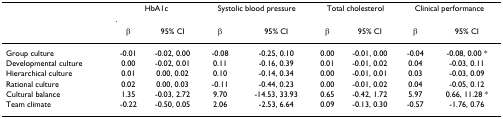
<table><thead><tr><td></td><td colspan="2"><b>HbA1c</b></td><td colspan="2"><b>Systolic blood pressure</b></td><td colspan="2"><b>Total cholesterol</b></td><td colspan="2"><b>Clinical performance</b></td></tr><tr><td></td><td><b>β</b></td><td><b>95% CI</b></td><td><b>β</b></td><td><b>95% CI</b></td><td><b>β</b></td><td><b>95% CI</b></td><td><b>β</b></td><td><b>95% CI</b></td></tr></thead><tbody><tr><td>Group culture</td><td>-0.01</td><td>-0.02, 0.00</td><td>-0.08</td><td>-0.25, 0.10</td><td>0.00</td><td>-0.01, 0.00</td><td>-0.04</td><td>-0.08, 0.00 *</td></tr><tr><td>Developmental culture</td><td>0.00</td><td>-0.02, 0.01</td><td>0.11</td><td>-0.16, 0.39</td><td>0.01</td><td>-0.01, 0.02</td><td>0.04</td><td>-0.03, 0.11</td></tr><tr><td>Hierarchical culture</td><td>0.01</td><td>0.00, 0.02</td><td>0.10</td><td>-0.14, 0.34</td><td>0.00</td><td>-0.01, 0.01</td><td>0.03</td><td>-0.03, 0.09</td></tr><tr><td>Rational culture</td><td>0.02</td><td>0.00, 0.03</td><td>-0.11</td><td>-0.44, 0.23</td><td>0.00</td><td>-0.01, 0.02</td><td>0.04</td><td>-0.05, 0.12</td></tr><tr><td>Cultural balance</td><td>1.35</td><td>-0.03, 2.72</td><td>9.70</td><td>-14.53, 33.93</td><td>0.65</td><td>-0.42, 1.72</td><td>5.97</td><td>0.66, 11.28 *</td></tr><tr><td>Team climate</td><td>-0.22</td><td>-0.50, 0.05</td><td>2.06</td><td>-2.53, 6.64</td><td>0.09</td><td>-0.13, 0.30</td><td>-0.57</td><td>-1.76, 0.76</td></tr></tbody></table>